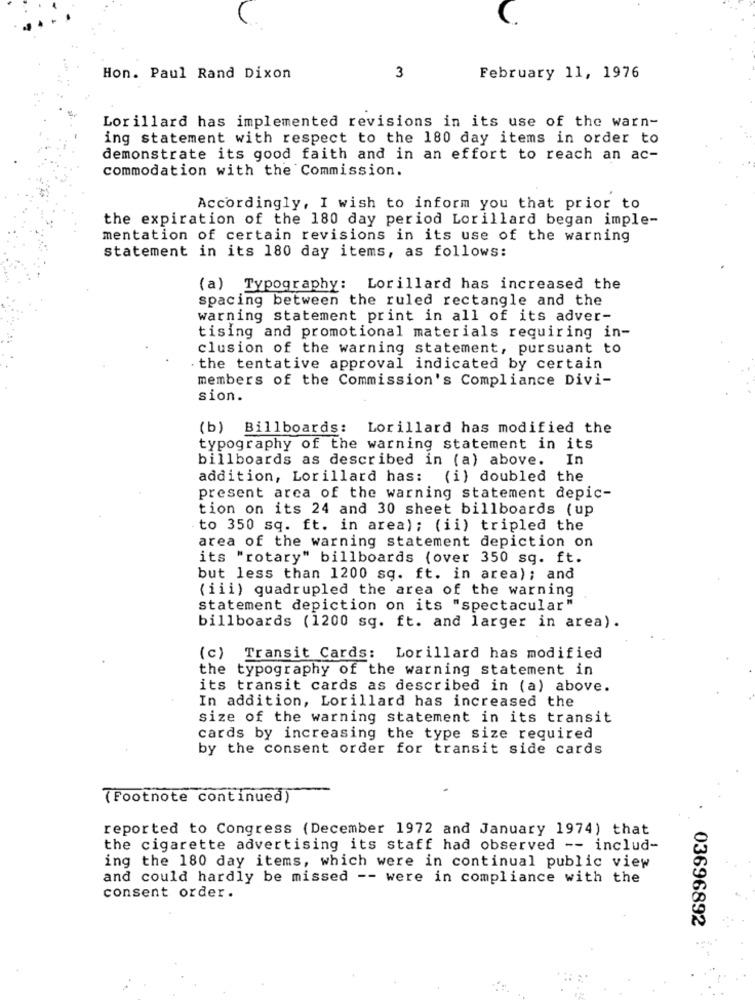
Hon. Paul Rand Dixon
3
February 11, 1976
Lorillard has implemented revisions in its use of the warn-
ing statement with respect to the 180 day items in order to
demonstrate its good faith and in an effort to reach an ac-
commodation with the Commission.
Accordingly, I wish to inform you that prior to
the expiration of the 180 day period Lorillard began imple-
mentation of certain revisions in its use of the warning
statement in its 180 day items, as follows:
(a) Typography: Lorillard has increased the
spacing between the ruled rectangle and the
warning statement print in all of its adver-
tising and promotional materials requiring in-
clusion of the warning statement, pursuant to
the tentative approval indicated by certain
members of the Commission's Compliance Divi-
sion.
(b) Billboards: Lorillard has modified the
typography of the warning statement in its
billboards as described in (a) above. In
addition, Lorillard has: (i) doubled the
present arca of the warning statement depic-
tion on its 24 and 30 sheet billboards (up
to 350 sq. ft. in area); (ii) tripled the
area of the warning statement depiction on
its "rotary" billboards (over 350 sq. ft.
but less than 1200 sq. ft. in area); and
(iii) quadrupled the area of the warning
Statement depiction on its "spectacular"
billboards (1200 sq. ft. and larger in area).
(c) Transit Cards: Lorillard has modified
the typography of the warning statement in
its transit cards as described in (a) above.
In addition, Lorillard has increased the
size of the warning statement in its transit
cards by increasing the type size required
by the consent order for transit side cards
(Footnote continued)
reported to Congress (December 1972 and January 1974) that
the cigarette advertising its staff had observed -- includ-
ing the 180 day items, which were in continual public view
and could hardly be missed -- were in compliance with the
consent order.
03696892